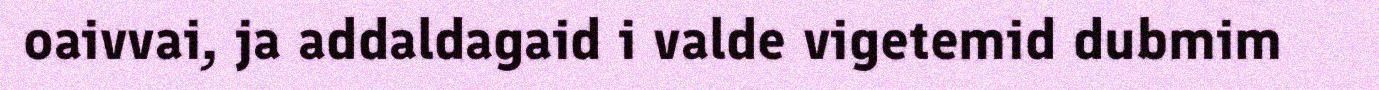
oaivvai, ja addaldagaid i valde vigetemid dubmim